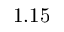
1 . 1 5